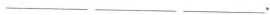
___ ___ ___.